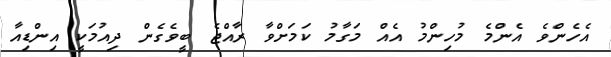
އެހެންވެ އެންމެ މުހިންމު އެއް މަގާމު ކަމަށްވާ ރާއްޖެ ބީވެގެން ދިއުމަކީ އިންޑިއާ